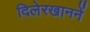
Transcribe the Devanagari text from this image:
दिलेरखाननें